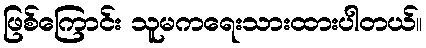
ဖြစ်ကြောင်း သူမကရေးသားထားပါတယ်။